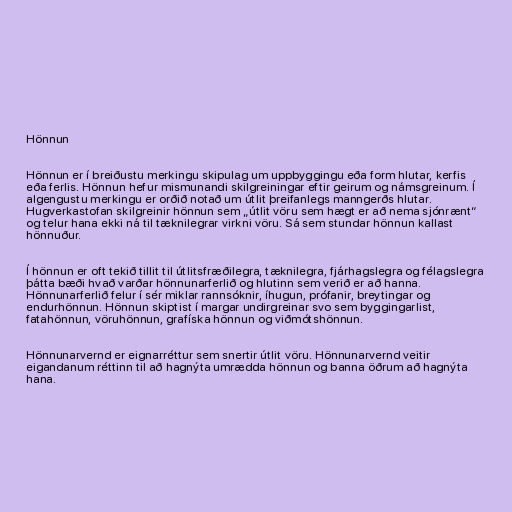
Hönnun

Hönnun er í breiðustu merkingu skipulag um uppbyggingu eða form hlutar, kerfis
eða ferlis. Hönnun hefur mismunandi skilgreiningar eftir geirum og námsgreinum. Í
algengustu merkingu er orðið notað um útlit þreifanlegs manngerðs hlutar.
Hugverkastofan skilgreinir hönnun sem „útlit vöru sem hægt er að nema sjónrænt“
og telur hana ekki ná til tæknilegrar virkni vöru. Sá sem stundar hönnun kallast
hönnuður.

Í hönnun er oft tekið tillit til útlitsfræðilegra, tæknilegra, fjárhagslegra og félagslegra
þátta bæði hvað varðar hönnunarferlið og hlutinn sem verið er að hanna.
Hönnunarferlið felur í sér miklar rannsóknir, íhugun, prófanir, breytingar og
endurhönnun. Hönnun skiptist í margar undirgreinar svo sem byggingarlist,
fatahönnun, vöruhönnun, grafíska hönnun og viðmótshönnun.

Hönnunarvernd er eignarréttur sem snertir útlit vöru. Hönnunarvernd veitir
eigandanum réttinn til að hagnýta umrædda hönnun og banna öðrum að hagnýta
hana.